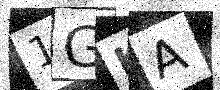
Text: 1GKA